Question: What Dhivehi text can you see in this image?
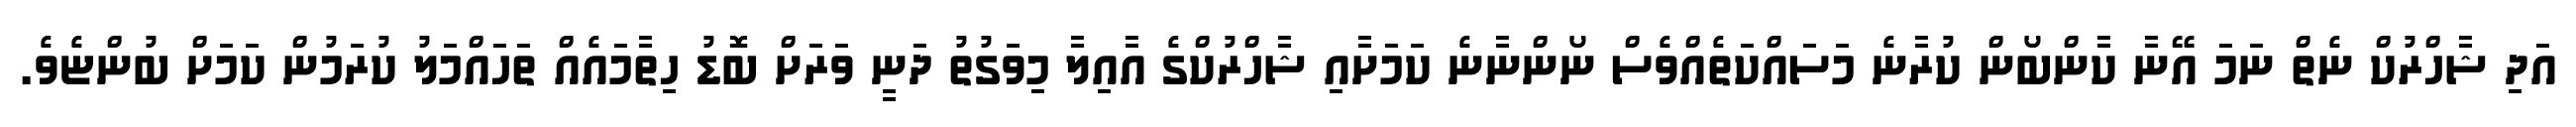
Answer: އަދި ޝާހްރުކް ނެތް ނަމަ އޭނާ ކާންބޯން ކުރާނެ މަސައްކަތެއްވެސް ނޯންނާނެ ކަމަށާއި ޝާހްރުކްގެ އާއިލާ މިވަގުތު ދަނީ ވަރަށް ބޮޑު ހިތާމައެއް ތަހައްމަލު ކުރަމުން ކަމަށް ބުންޏެވެ.